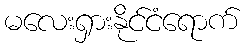
မလေးရှားနိုင်ငံရောက်